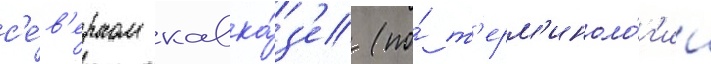
с'е́в'ерном кавка́з'е (по́ т'ерм'иноло́г'ии